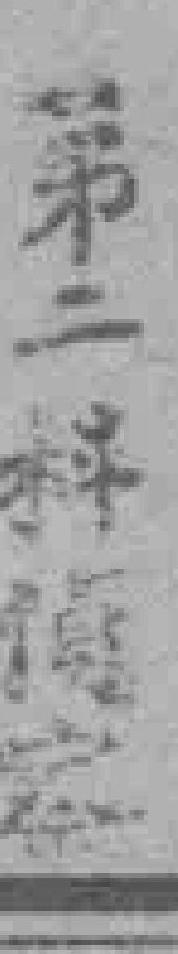
第二科偵察